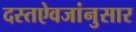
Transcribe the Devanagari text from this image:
दस्तऐवजांनुसार